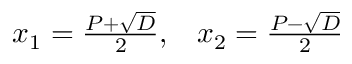
\begin{array} { l l } { x _ { 1 } = { \frac { P + { \sqrt { D } } } { 2 } } , } & { x _ { 2 } = { \frac { P - { \sqrt { D } } } { 2 } } } \end{array}